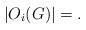
LaTeX: \begin{align*}|O_{i}(G)|= .\end{align*}